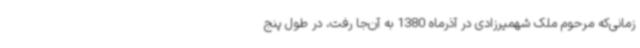
زمانی‌که مرحوم ملک شهمیرزادی در آذرماه 1380 به آن‌جا رفت، در طول پنج